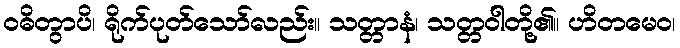
ဝဓိတွာပိ၊ ရိုက်ပုတ်သော်လည်း။ သတ္တာနံ၊ သတ္တဝါတို့၏။ ဟိတမေဝ၊